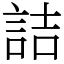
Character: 詰